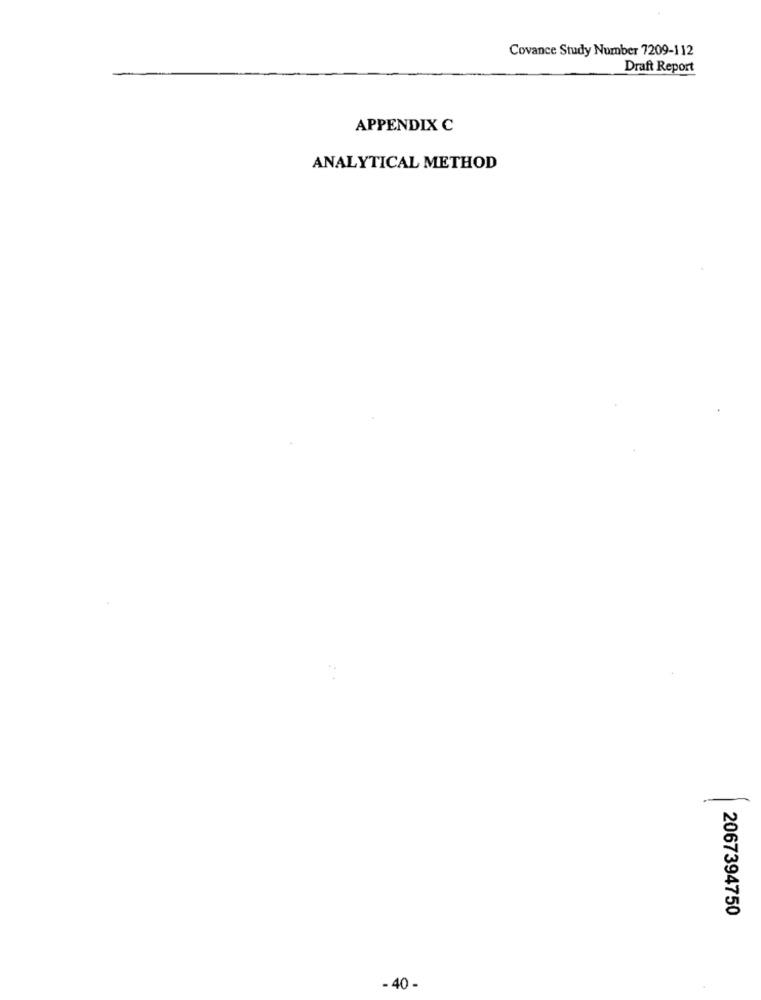
Covance Study Number 7209-112
Draft Report
APPENDIX C
ANALYTICAL METHOD
2067394750
- 40 -